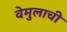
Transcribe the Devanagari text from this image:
वेमुलाची